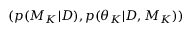
( p ( M _ { K } | D ) , p ( \theta _ { K } | D , M _ { K } ) )